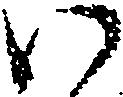
い